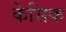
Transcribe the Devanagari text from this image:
केसिक